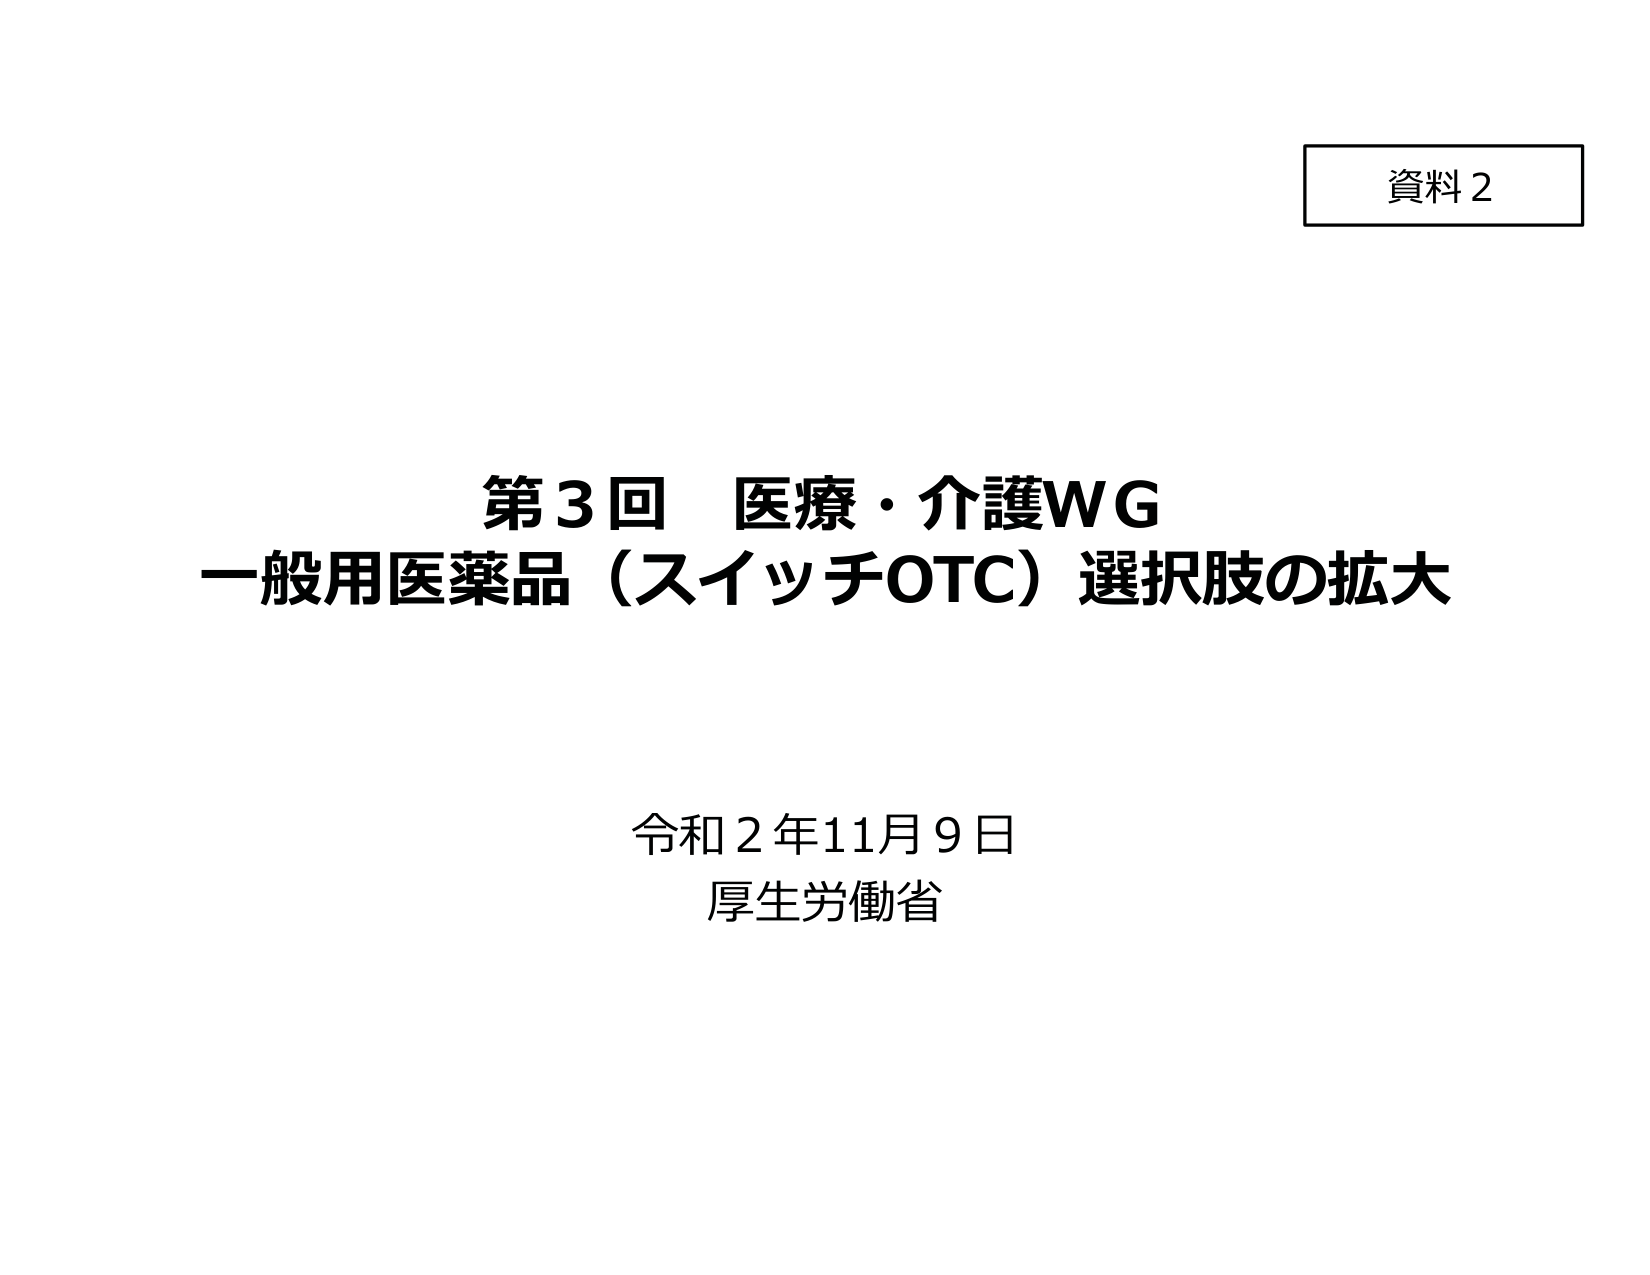
資料2

第3回 医療・介護WG
一般用医薬品（スイッチOTC）選択肢の拡大

令和2年11月9日
厚生労働省